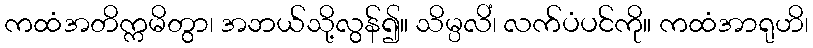
ကထံအတိက္ကမိတွာ၊ အဘယ်သို့လွန်၍။ သိမ္ပလိံ၊ လက်ပံပင်ကို။ ကထံအာရုဟိ၊